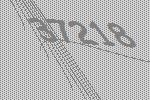
37218